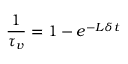
\frac { 1 } { \tau _ { v } } = 1 - e ^ { - L \delta t }